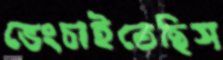
ভেংচাইতেছিস